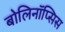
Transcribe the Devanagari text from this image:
बोलिनॉप्सिस